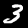
Label: 3